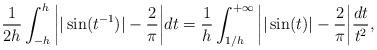
LaTeX: \begin{align*}&\frac{1}{2h}\int_{-h}^h\bigg\vert\vert \sin(t^{-1})\vert -\frac{2}{\pi}\bigg\vert dt=\frac{1}{h}\int_{1/h}^{+\infty}\bigg\vert\vert \sin(t)\vert -\frac{2}{\pi}\bigg\vert \frac{dt}{t^2},\end{align*}